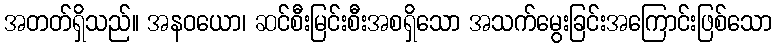
အတတ်ရှိသည်။ အနဝယော၊ ဆင်စီးမြင်းစီးအစရှိသော အသက်မွေးခြင်းအကြောင်းဖြစ်သော